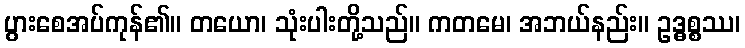
ပွားစေအပ်ကုန်၏။ တယော၊ သုံးပါးတို့သည်။ ကတမေ၊ အဘယ်နည်း။ ဥဒ္ဓစ္စဿ၊